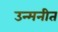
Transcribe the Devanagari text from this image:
उन्मनीत